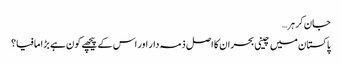
جان کر ہر…
پاکستان میں چینی بحران کا اصل ذمہ دار اور اس کے پیچھے کون ہے بڑا مافیا؟